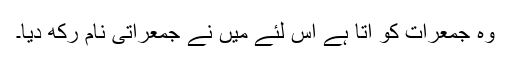
وہ جمعرات کو آتا ہے اس لئے میں نے جمعراتی نام رکھ دیا۔